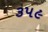
૩પ૯